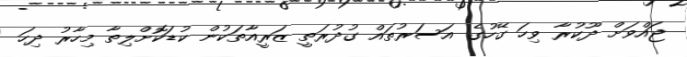
ޖައްވަށް ދޫކުރާ ވިހަ ގޭހުގެ އަސަރުތައް ގުދުރަތީ ޒަރީއާތަކުން ކުޑަކޮށްލިތާ މިހާރު ދިހަ